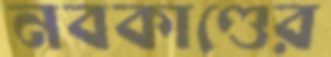
নবকাণ্ডের